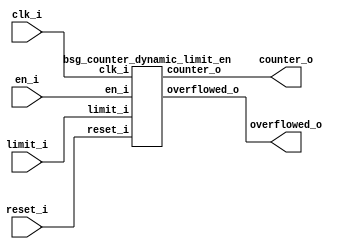
// This program was cloned from: https://github.com/chipsalliance/UHDM-integration-tests
// License: Apache License 2.0



module top
(
  clk_i,
  reset_i,
  en_i,
  limit_i,
  counter_o,
  overflowed_o
);

  input [15:0] limit_i;
  output [15:0] counter_o;
  input clk_i;
  input reset_i;
  input en_i;
  output overflowed_o;

  bsg_counter_dynamic_limit_en
  wrapper
  (
    .limit_i(limit_i),
    .counter_o(counter_o),
    .clk_i(clk_i),
    .reset_i(reset_i),
    .en_i(en_i),
    .overflowed_o(overflowed_o)
  );


endmodule



module bsg_counter_dynamic_limit_en
(
  clk_i,
  reset_i,
  en_i,
  limit_i,
  counter_o,
  overflowed_o
);

  input [15:0] limit_i;
  output [15:0] counter_o;
  input clk_i;
  input reset_i;
  input en_i;
  output overflowed_o;
  wire [15:0] counter_o,counter_plus_1;
  wire overflowed_o,N0,N1,N2,N3,N4,N5,N6,N7,N8,N9,N10,N11,N12,N13,N14,N15,N16,N17,N18,
  N19,N20,N21;
  reg counter_o_15_sv2v_reg,counter_o_14_sv2v_reg,counter_o_13_sv2v_reg,
  counter_o_12_sv2v_reg,counter_o_11_sv2v_reg,counter_o_10_sv2v_reg,counter_o_9_sv2v_reg,
  counter_o_8_sv2v_reg,counter_o_7_sv2v_reg,counter_o_6_sv2v_reg,counter_o_5_sv2v_reg,
  counter_o_4_sv2v_reg,counter_o_3_sv2v_reg,counter_o_2_sv2v_reg,
  counter_o_1_sv2v_reg,counter_o_0_sv2v_reg;
  assign counter_o[15] = counter_o_15_sv2v_reg;
  assign counter_o[14] = counter_o_14_sv2v_reg;
  assign counter_o[13] = counter_o_13_sv2v_reg;
  assign counter_o[12] = counter_o_12_sv2v_reg;
  assign counter_o[11] = counter_o_11_sv2v_reg;
  assign counter_o[10] = counter_o_10_sv2v_reg;
  assign counter_o[9] = counter_o_9_sv2v_reg;
  assign counter_o[8] = counter_o_8_sv2v_reg;
  assign counter_o[7] = counter_o_7_sv2v_reg;
  assign counter_o[6] = counter_o_6_sv2v_reg;
  assign counter_o[5] = counter_o_5_sv2v_reg;
  assign counter_o[4] = counter_o_4_sv2v_reg;
  assign counter_o[3] = counter_o_3_sv2v_reg;
  assign counter_o[2] = counter_o_2_sv2v_reg;
  assign counter_o[1] = counter_o_1_sv2v_reg;
  assign counter_o[0] = counter_o_0_sv2v_reg;
  assign overflowed_o = counter_plus_1 == limit_i;
  assign counter_plus_1 = counter_o + 1'b1;
  assign { N20, N19, N18, N17, N16, N15, N14, N13, N12, N11, N10, N9, N8, N7, N6, N5 } = (N0)? { 1'b0, 1'b0, 1'b0, 1'b0, 1'b0, 1'b0, 1'b0, 1'b0, 1'b0, 1'b0, 1'b0, 1'b0, 1'b0, 1'b0, 1'b0, 1'b0 } : 
                                                                                         (N1)? counter_plus_1 : 1'b0;
  assign N0 = overflowed_o;
  assign N1 = N4;
  assign N21 = (N2)? 1'b1 : 
               (N3)? 1'b0 : 1'b0;
  assign N2 = en_i;
  assign N3 = ~en_i;
  assign N4 = ~overflowed_o;

  always @(posedge clk_i) begin
    if(reset_i) begin
      counter_o_15_sv2v_reg <= 1'b0;
      counter_o_14_sv2v_reg <= 1'b0;
      counter_o_13_sv2v_reg <= 1'b0;
      counter_o_12_sv2v_reg <= 1'b0;
      counter_o_11_sv2v_reg <= 1'b0;
      counter_o_10_sv2v_reg <= 1'b0;
      counter_o_9_sv2v_reg <= 1'b0;
      counter_o_8_sv2v_reg <= 1'b0;
      counter_o_7_sv2v_reg <= 1'b0;
      counter_o_6_sv2v_reg <= 1'b0;
      counter_o_5_sv2v_reg <= 1'b0;
      counter_o_4_sv2v_reg <= 1'b0;
      counter_o_3_sv2v_reg <= 1'b0;
      counter_o_2_sv2v_reg <= 1'b0;
      counter_o_1_sv2v_reg <= 1'b0;
      counter_o_0_sv2v_reg <= 1'b0;
    end else if(N21) begin
      counter_o_15_sv2v_reg <= N20;
      counter_o_14_sv2v_reg <= N19;
      counter_o_13_sv2v_reg <= N18;
      counter_o_12_sv2v_reg <= N17;
      counter_o_11_sv2v_reg <= N16;
      counter_o_10_sv2v_reg <= N15;
      counter_o_9_sv2v_reg <= N14;
      counter_o_8_sv2v_reg <= N13;
      counter_o_7_sv2v_reg <= N12;
      counter_o_6_sv2v_reg <= N11;
      counter_o_5_sv2v_reg <= N10;
      counter_o_4_sv2v_reg <= N9;
      counter_o_3_sv2v_reg <= N8;
      counter_o_2_sv2v_reg <= N7;
      counter_o_1_sv2v_reg <= N6;
      counter_o_0_sv2v_reg <= N5;
    end 
  end


endmodule